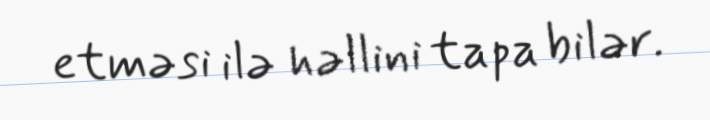
etməsi ilə həllini tapa bilər.